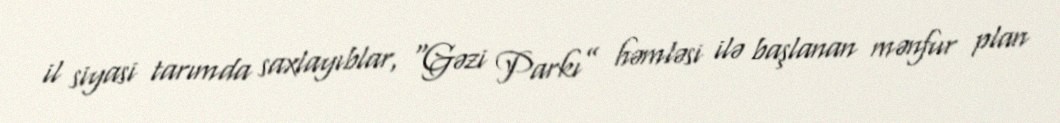
il siyasi tarımda saxlayıblar, “Gəzi Parkı” həmləsi ilə başlanan mənfur plan